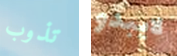
تذوب لايبدو